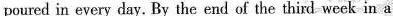
poured in every day.By the end of the third week in a